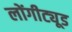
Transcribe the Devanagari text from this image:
लोंगीट्यूड